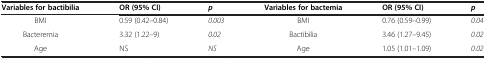
<table><thead><tr><td><b>Variables for bactibilia</b></td><td><b>OR (95% CI)</b></td><td><b><i>p</i></b></td><td><b>Variables for bactemia</b></td><td><b>OR (95% CI)</b></td><td><b><i>p</i></b></td></tr></thead><tbody><tr><td>BMI</td><td>0.59 (0.42–0.84)</td><td><i>0.003</i></td><td>BMI</td><td>0.76 (0.59–0.99)</td><td><i>0.04</i></td></tr><tr><td>Bacteremia</td><td>3.32 (1.22–9)</td><td><i>0.02</i></td><td>Bactibilia</td><td>3.46 (1.27–9.45)</td><td><i>0.02</i></td></tr><tr><td>Age</td><td>NS</td><td><i>NS</i></td><td>Age</td><td>1.05 (1.01–1.09)</td><td><i>0.02</i></td></tr></tbody></table>